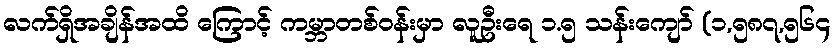
လက်ရှိအချိန်အထိ ကြောင့် ကမ္ဘာတစ်ဝန်းမှာ လူဦးရေ ၁.၅ သန်းကျော် (၁,၅၈၇,၅၆၄